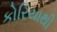
કોરિયાથી